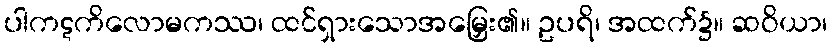
ပါကဋကိလောမကဿ၊ ထင်ရှားသောအမြှေး၏။ ဥပရိ၊ အထက်၌။ ဆဝိယာ၊